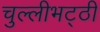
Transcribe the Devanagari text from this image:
चुल्लीभट्ठी